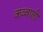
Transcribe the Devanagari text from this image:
कव्‍वाली